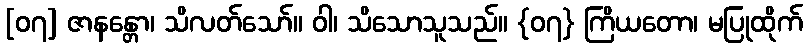
[၀၇] ဇာနန္တော၊ သိလတ်သော်။ ဝါ၊ သိသောသူသည်။ {၀၇} ကြိယတော၊ မပြုထိုက်